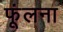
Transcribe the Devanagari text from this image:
फूंलना